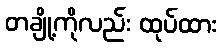
တချို့ကိုလည်း ထုပ်ထား